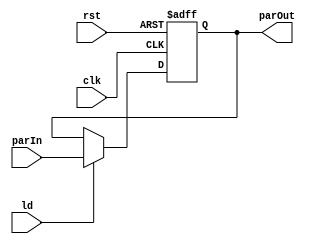
`timescale 1ns/1ns
module Reg3(input clk, rst, ld, input [2:0] parIn, output reg [2:0] parOut);
    always @(posedge clk, posedge rst) begin
        // #1
        if(rst) parOut = 3'b0;
        else if(ld) parOut = parIn;
        else parOut = parOut;
    end
endmodule